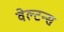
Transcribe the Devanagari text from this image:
वेल्टन्स